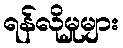
ရန်လိုမှုများ